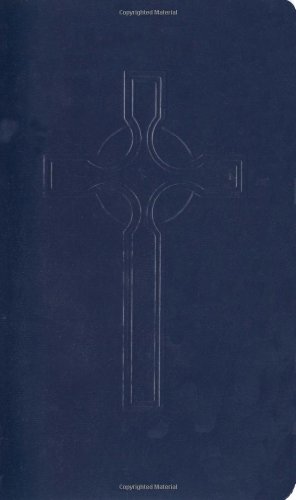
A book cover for Book of Common Worship - Pastoral; Westminster; Christian Books & Bibles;